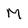
Character: M